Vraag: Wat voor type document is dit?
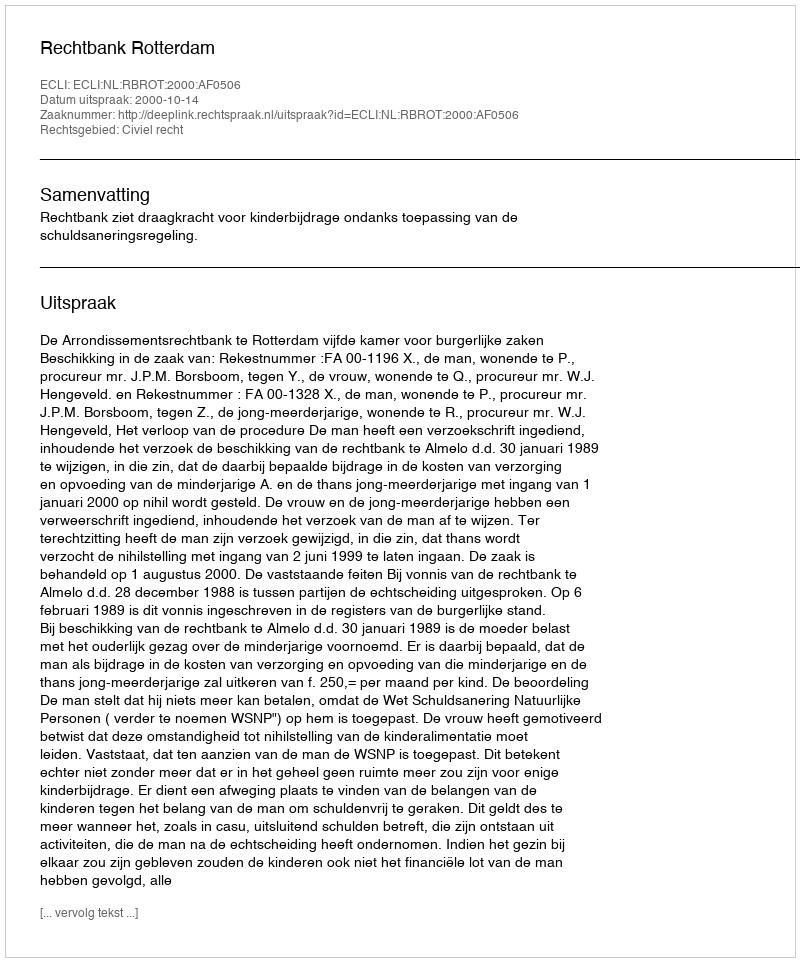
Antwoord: Uitspraak